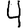
Digit: 4